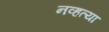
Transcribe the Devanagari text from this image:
नव्‍हत्‍या